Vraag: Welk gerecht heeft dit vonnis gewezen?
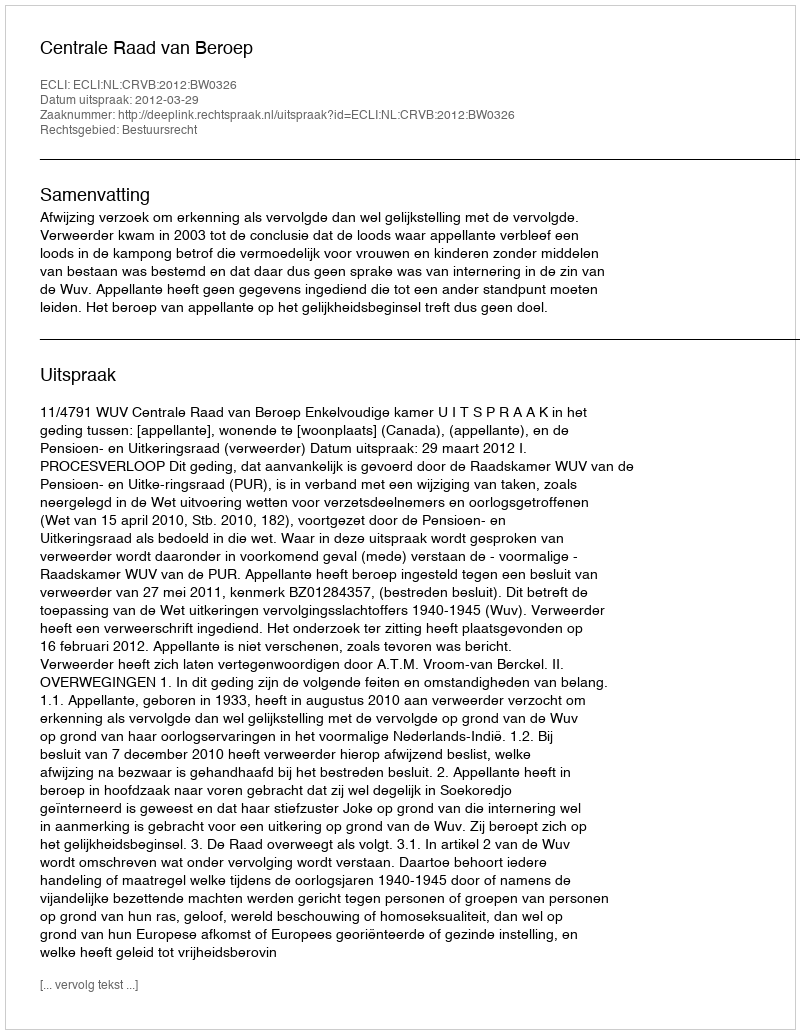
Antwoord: Centrale Raad van Beroep